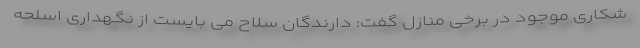
شکاری موجود در برخی منازل گفت: دارندگان سلاح می بایست از نگهداری اسلحه